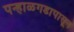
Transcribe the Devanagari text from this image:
पन्हाळगडापासून